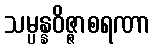
သမ္ပန္နဝိဇ္ဇာစရဏာ